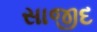
સાજીદ